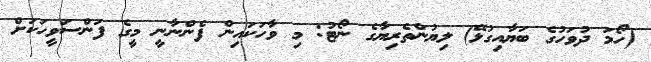
(ހޯމަ ދުވަހުގެ ބަޔާއިގުޅޭ) ލިޔުންތެރިޔާގެ ނޯޓު: މި ވާހަކައިން ފެންނާނީ މީގެ ފަންސަވީހަކަށް